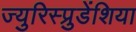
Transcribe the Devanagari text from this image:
ज्युरिस्प्रुडेंशिया